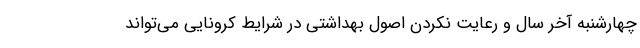
چهارشنبه آخر سال و رعایت نکردن اصول بهداشتی در شرایط کرونایی می‌تواند